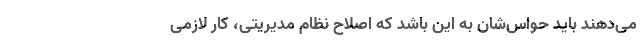
می‌دهند باید حواس‌شان به این باشد که اصلاح نظام مدیریتی، کار لازمی